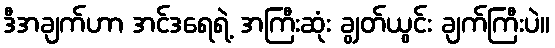
ဒီအချက်ဟာ အင်ဒရေရဲ့ အကြီးဆုံး ချွတ်ယွင်း ချက်ကြီးပဲ။